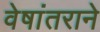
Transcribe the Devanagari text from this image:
वेषांतराने